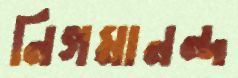
নিগমানন্দ